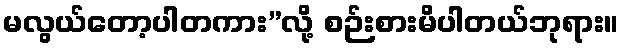
မလွယ်တော့ပါတကား”လို့ စဉ်းစားမိပါတယ်ဘုရား။